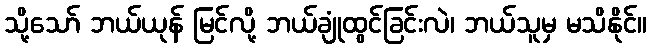
သို့သော် ဘယ်ယုန် မြင်လို့ ဘယ်ချုံထွင်ခြင်းလဲ၊ ဘယ်သူမှ မသိနိုင်။